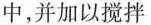
中，并加以搅拌